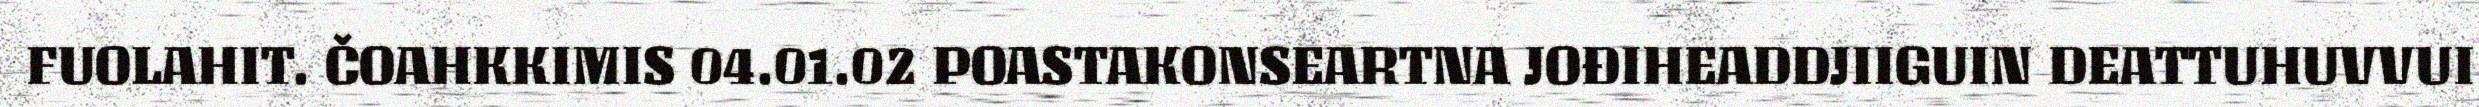
FUOLAHIT. ČOAHKKIMIS 04.01.02 POASTAKONSEARTNA JOĐIHEADDJIIGUIN DEATTUHUVVUI